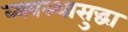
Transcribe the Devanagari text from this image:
व्यवस्थासुद्धा